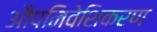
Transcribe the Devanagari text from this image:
औपनिवेशिकरण